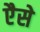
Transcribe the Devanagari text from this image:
एैसे